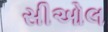
સીઓલ